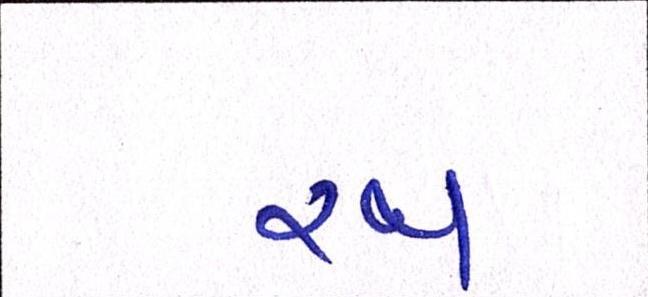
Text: રથ